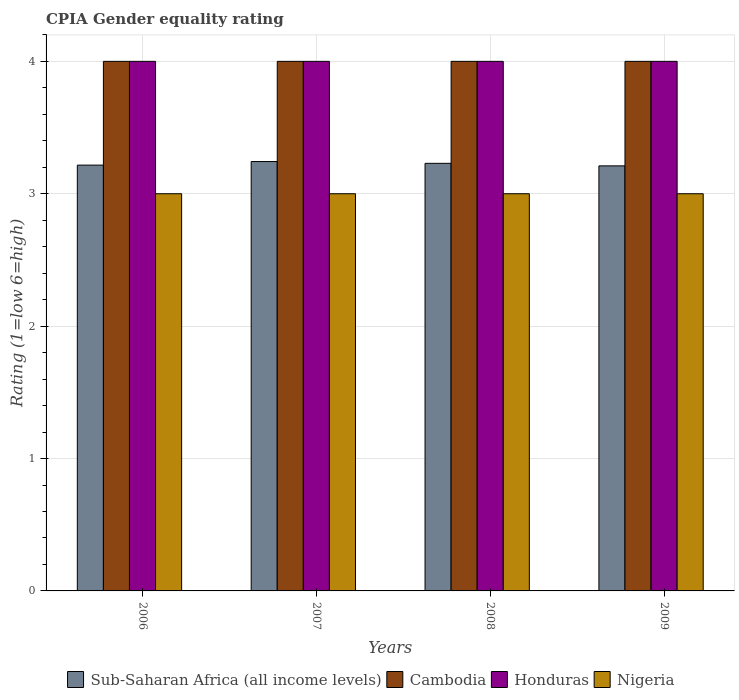
| Years | Sub-Saharan Africa (all income levels) | Cambodia | Honduras | Nigeria |
 | --- | --- | --- | --- | --- |
 | 2006 | 3.22 | 4 | 4 | 3 |
 | 2007 | 3.24 | 4 | 4 | 3 |
 | 2008 | 3.23 | 4 | 4 | 3 |
 | 2009 | 3.21 | 4 | 4 | 3 |